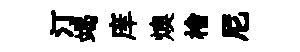
汀竭庠燠檜尼